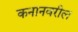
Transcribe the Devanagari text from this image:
कनानवरील